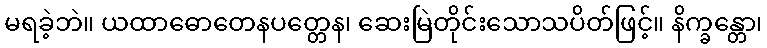
မရခဲ့ဘဲ။ ယထာဓောတေနပတ္တေန၊ ဆေးမြဲတိုင်းသောသပိတ်ဖြင့်။ နိက္ခန္တော၊